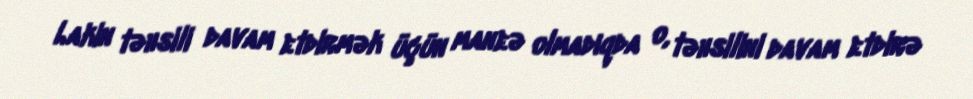
Lakin təhsili davam etdirmək üçün maneə olmadıqda o, təhsilini davam etdirə